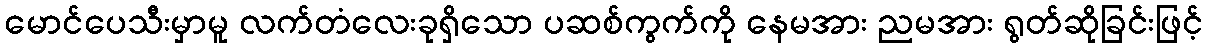
မောင်ပေသီးမှာမူ လက်တံလေးခုရှိသော ပဆစ်ကွက်ကို နေမအား ညမအား ရွတ်ဆိုခြင်းဖြင့်